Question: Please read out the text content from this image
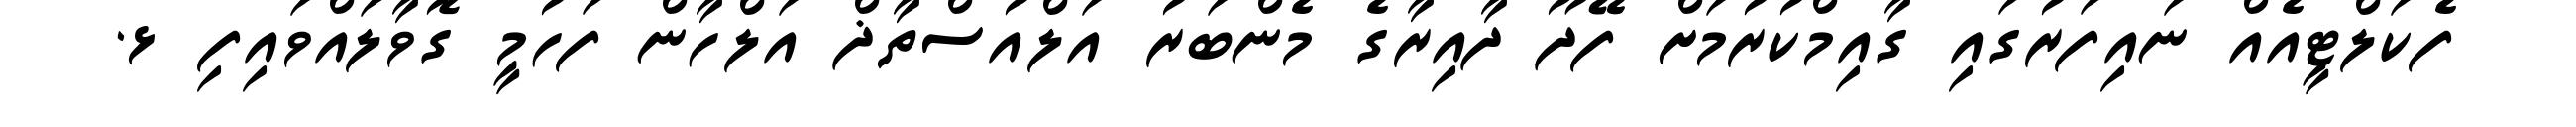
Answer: ފެކަލްޓީއެއް ނައިފަރުގައި ގާއިމްކުރުމަށް ފޭދޫ ދާއިރާގެ މެންބަރު އަލްއުސްތާޛް އަލްހާން ފަހުމީ ގޮވާލައްވައިފި ޅ.